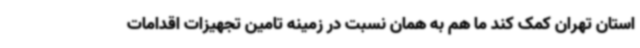
استان تهران کمک کند ما هم به همان نسبت در زمینه تامین تجهیزات اقدامات